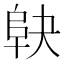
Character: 𱀅